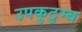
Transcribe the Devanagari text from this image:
उपकुटुम्ब